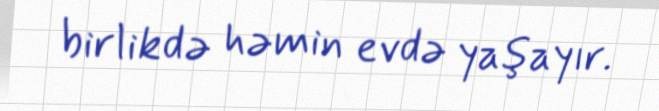
birlikdə həmin evdə yaşayır.